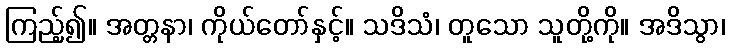
ကြည့်၍။ အတ္တနာ၊ ကိုယ်တော်နှင့်။ သဒိသံ၊ တူသော သူတို့ကို။ အဒိသွာ၊